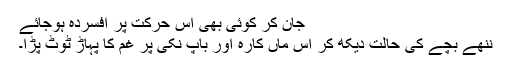
جان کر کوئی بھی اس حرکت پر افسردہ ہوجائے
ننھے بچے کی حالت دیکھ کر اس ماں کارہ اور باپ نکی پر غم کا پہاڑ ٹوٹ پڑا۔